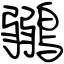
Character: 鶸